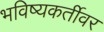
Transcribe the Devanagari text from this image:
भविष्यकर्तीवर